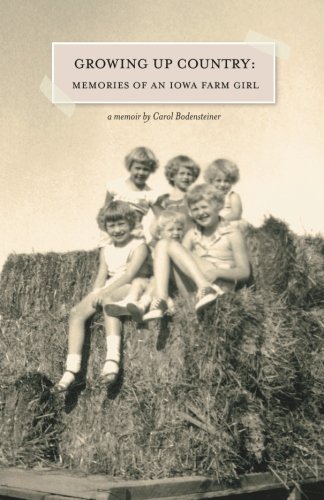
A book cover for Growing Up Country: Memories of an Iowa Farm Girl; Carol Bodensteiner; Biographies & Memoirs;